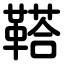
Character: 鞳